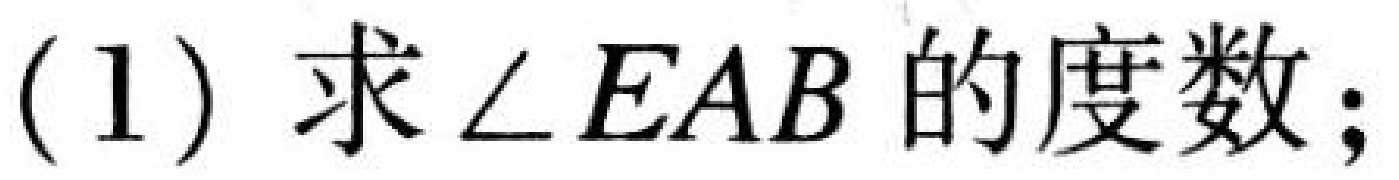
(1)求\(\angle EAB\)的度数；